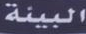
البيئة